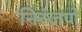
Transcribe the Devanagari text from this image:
निरंजणे